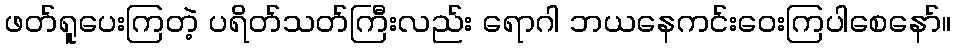
ဖတ်ရူပေးကြတဲ့ ပရိတ်သတ်ကြီးလည်း ရောဂါ ဘယနေကင်းဝေးကြပါစေနော်။